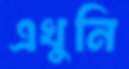
এখুনি